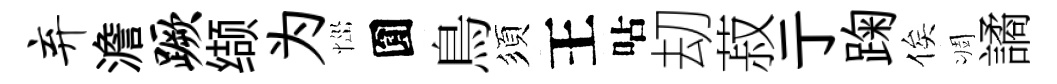
弃澹蹶缬为𢙉圎鳥須王呫刧菽亍踘俟凋譎